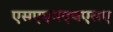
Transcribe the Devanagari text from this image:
एसएएमएचएसए